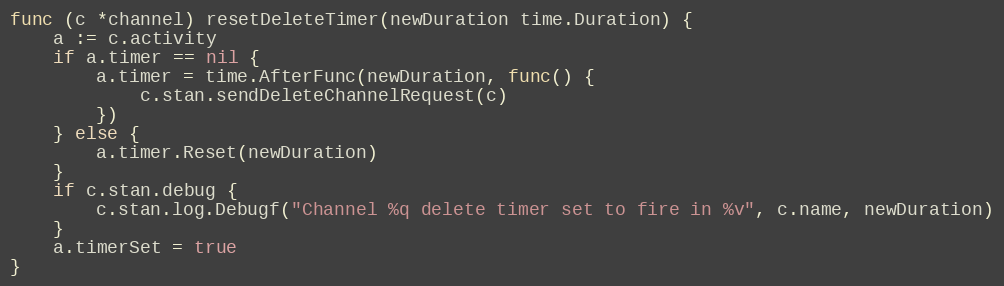
Language: Go
func (c *channel) resetDeleteTimer(newDuration time.Duration) {
	a := c.activity
	if a.timer == nil {
		a.timer = time.AfterFunc(newDuration, func() {
			c.stan.sendDeleteChannelRequest(c)
		})
	} else {
		a.timer.Reset(newDuration)
	}
	if c.stan.debug {
		c.stan.log.Debugf("Channel %q delete timer set to fire in %v", c.name, newDuration)
	}
	a.timerSet = true
}